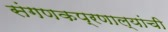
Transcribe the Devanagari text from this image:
संगणकप्रणाल्यांची